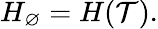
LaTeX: H_{\varnothing}=H({\cal T}).